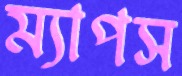
ম্যাপস